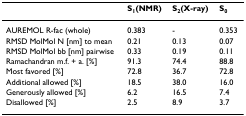
<table><thead><tr><td></td><td><b>S<sub>1</sub>(NMR)</b></td><td><b>S<sub>2</sub>(X-ray)</b></td><td><b>S<sub>0</sub></b></td></tr></thead><tbody><tr><td>AUREMOL R-fac (whole)</td><td>0.383</td><td>-</td><td>0.353</td></tr><tr><td>RMSD MolMol N [nm] to mean</td><td>0.21</td><td>0.13</td><td>0.07</td></tr><tr><td>RMSD MolMol bb [nm] pairwise</td><td>0.33</td><td>0.19</td><td>0.11</td></tr><tr><td>Ramachandran m.f. + a. [%]</td><td>91.3</td><td>74.4</td><td>88.8</td></tr><tr><td>Most favored [%]</td><td>72.8</td><td>36.7</td><td>72.8</td></tr><tr><td>Additional allowed [%]</td><td>18.5</td><td>38.0</td><td>16.0</td></tr><tr><td>Generously allowed [%]</td><td>6.2</td><td>16.5</td><td>7.4</td></tr><tr><td>Disallowed [%]</td><td>2.5</td><td>8.9</td><td>3.7</td></tr></tbody></table>